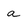
Character: a